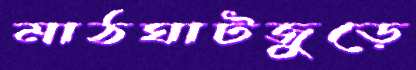
মাঠঘাটজুড়ে